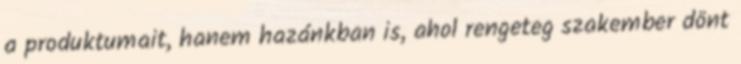
a produktumait, hanem hazánkban is, ahol rengeteg szakember dönt